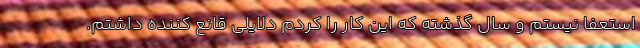
استعفا نیستم و سال گذشته که این کار را کردم دلایلی قانع کننده داشتم.